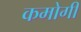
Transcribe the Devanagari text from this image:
कमोगी